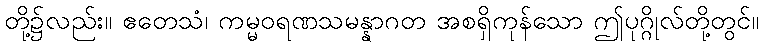
တို့၌လည်း။ ဧတေသံ၊ ကမ္မဝရဏသမန္နာဂတ အစရှိကုန်သော ဤပုဂ္ဂိုလ်တို့တွင်။